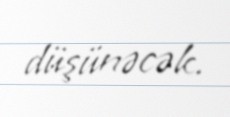
düşünəcək.